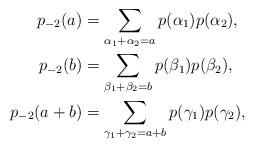
LaTeX: \begin{align*}p_{-2}(a)&=\sum_{\alpha_{1}+\alpha_{2}=a}p(\alpha_{1}) p(\alpha_{2}),\\p_{-2}(b)&=\sum_{\beta_{1}+\beta_{2}=b}p(\beta_{1})p(\beta_{2}),\\p_{-2}(a+b) &=\sum_{\gamma_{1}+\gamma_{2}=a+b}p(\gamma_{1})p(\gamma_{2}),\end{align*}